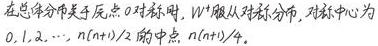
在总体分布关于原点 0 对称时, $W^{+}$服从对称分布, 对称中心为 $0,1,2, \cdots, \frac{n(n + 1)}{2}$ 的中点, $\frac{n(n + 1)}{4}$.